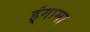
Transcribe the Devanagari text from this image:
ह्ंगामा